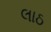
લાઠ